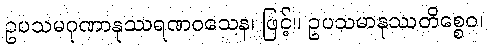
ဥပသမဂုဏာနုဿရဏဝသေန၊ ဖြင့်။ ဥပသမာနုဿတိစ္စေဝ၊